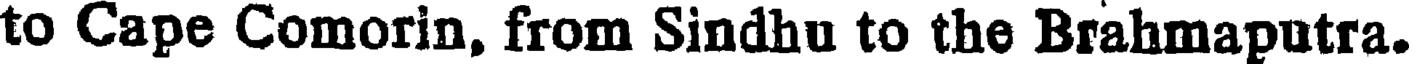
to Cape Comorin, from Sindhu to the Brahmaputra.